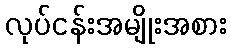
လုပ်ငန်းအမျိုးအစား